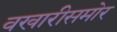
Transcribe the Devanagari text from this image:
वखारीसमोर